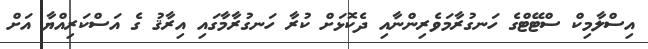
އިސްލާމިކް ސްޓޭޓްގެ ހަނގުރާމަވެރިންނާއި ދެކޮޅަށް ކުރާ ހަނގުރާމާގައި އިރާޤު ގެ އަސްކަރިއްޔާ އަށް